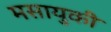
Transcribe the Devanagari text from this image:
मसायुकी